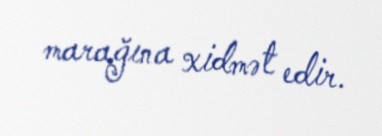
marağına xidmət edir.